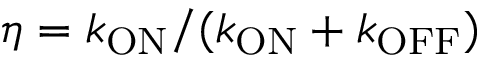
\eta = k _ { \mathrm { O N } } / ( k _ { \mathrm { O N } } + k _ { \mathrm { O F F } } )